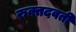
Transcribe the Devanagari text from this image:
रुक्तदवती